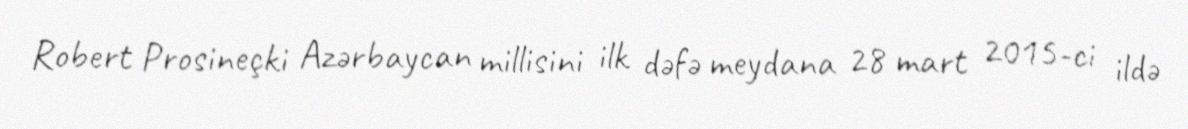
Robert Prosineçki Azərbaycan millisini ilk dəfə meydana 28 mart 2015-ci ildə